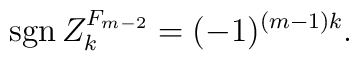
{\rm sgn}\, {Z}_k^{F_{m-2}}=(-1)^{(m-1)k}.